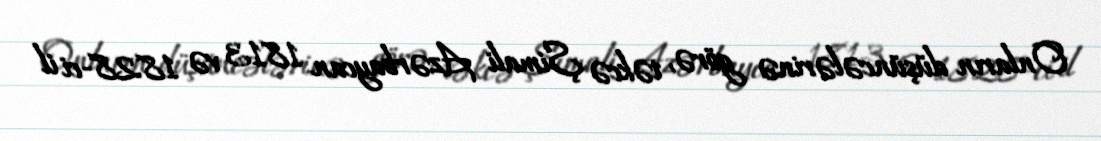
Onların düşüncələrinə görə, təkcə Şimali Azərbaycan 1813 və 1828-ci il